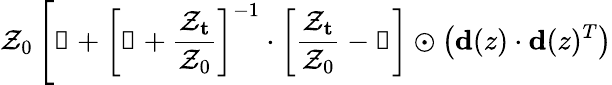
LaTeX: \mathcal{Z}_{0}\left[\mathbb{{1}}+\left[\mathbb{{1}}+\frac{{\mathbf{{\mathcal{Z}_{t}}}}}{{\mathcal{Z}_{0}}}\right]^{-1}\cdot\left[\frac{{\mathbf{{\mathcal{Z}_{t}}}}}{{\mathcal{Z}_{0}}}-\mathbb{{1}}\right]\odot\left(\mathbf{{d}}(z)\cdot\mathbf{{d}}(z)^{T}\right)\right.